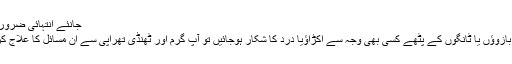
جانئے انتہائی ضروری معلومات
اگر آپ کے بازوﺅں یا ٹانگوں کے پٹھے کسی بھی وجہ سے اکڑاﺅیا درد کا شکار ہوجائیں تو آپ گرم اور ٹھنڈی تھراپی سے ان مسائل کا علاج کرسکتے ہیں۔